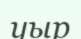
уыр